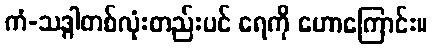
ကံ-သဒ္ဂါတစ်လုံးတည်းပင် ရေကို ဟောကြောင်း။